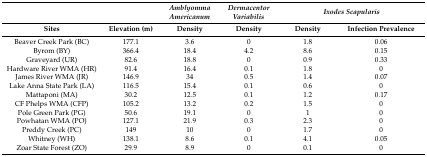
<table><thead><tr><td></td><td></td><td><b><i>Amblyomma Americanum</i></b></td><td><b><i>Dermacentor Variabilis</i></b></td><td colspan="2"><b><i>Ixodes Scapularis</i></b></td></tr><tr><td><b>Sites</b></td><td><b>Elevation (m)</b></td><td><b>Density</b></td><td><b>Density</b></td><td><b>Density</b></td><td><b>Infection Prevalence</b></td></tr></thead><tbody><tr><td>Beaver Creek Park (BC)</td><td>177.1</td><td>3.6</td><td>0</td><td>1.8</td><td>0.06</td></tr><tr><td>Byrom (BY)</td><td>366.4</td><td>18.4</td><td>4.2</td><td>8.6</td><td>0.15</td></tr><tr><td>Graveyard (UR)</td><td>82.6</td><td>18.8</td><td>0</td><td>0.9</td><td>0.33</td></tr><tr><td>Hardware River WMA (HR)</td><td>91.4</td><td>16.4</td><td>0.1</td><td>1.8</td><td>0</td></tr><tr><td>James River WMA (JR)</td><td>146.9</td><td>34</td><td>0.5</td><td>1.4</td><td>0.07</td></tr><tr><td>Lake Anna State Park (LA)</td><td>116.5</td><td>15.4</td><td>0.1</td><td>0.6</td><td>0</td></tr><tr><td>Mattaponi (MA)</td><td>30.2</td><td>12.5</td><td>0.1</td><td>1.2</td><td>0.17</td></tr><tr><td>CF Phelps WMA (CFP)</td><td>105.2</td><td>13.2</td><td>0.2</td><td>1.5</td><td>0</td></tr><tr><td>Pole Green Park (PG)</td><td>50.6</td><td>19.1</td><td>0</td><td>1</td><td>0</td></tr><tr><td>Powhatan WMA (PO)</td><td>127.1</td><td>21.9</td><td>0.3</td><td>2.3</td><td>0</td></tr><tr><td>Preddy Creek (PC)</td><td>149</td><td>10</td><td>0</td><td>1.7</td><td>0</td></tr><tr><td>Whitney (WH)</td><td>138.1</td><td>8.6</td><td>0.1</td><td>4.1</td><td>0.05</td></tr><tr><td>Zoar State Forest (ZO)</td><td>29.9</td><td>8.9</td><td>0</td><td>0.1</td><td>0</td></tr></tbody></table>